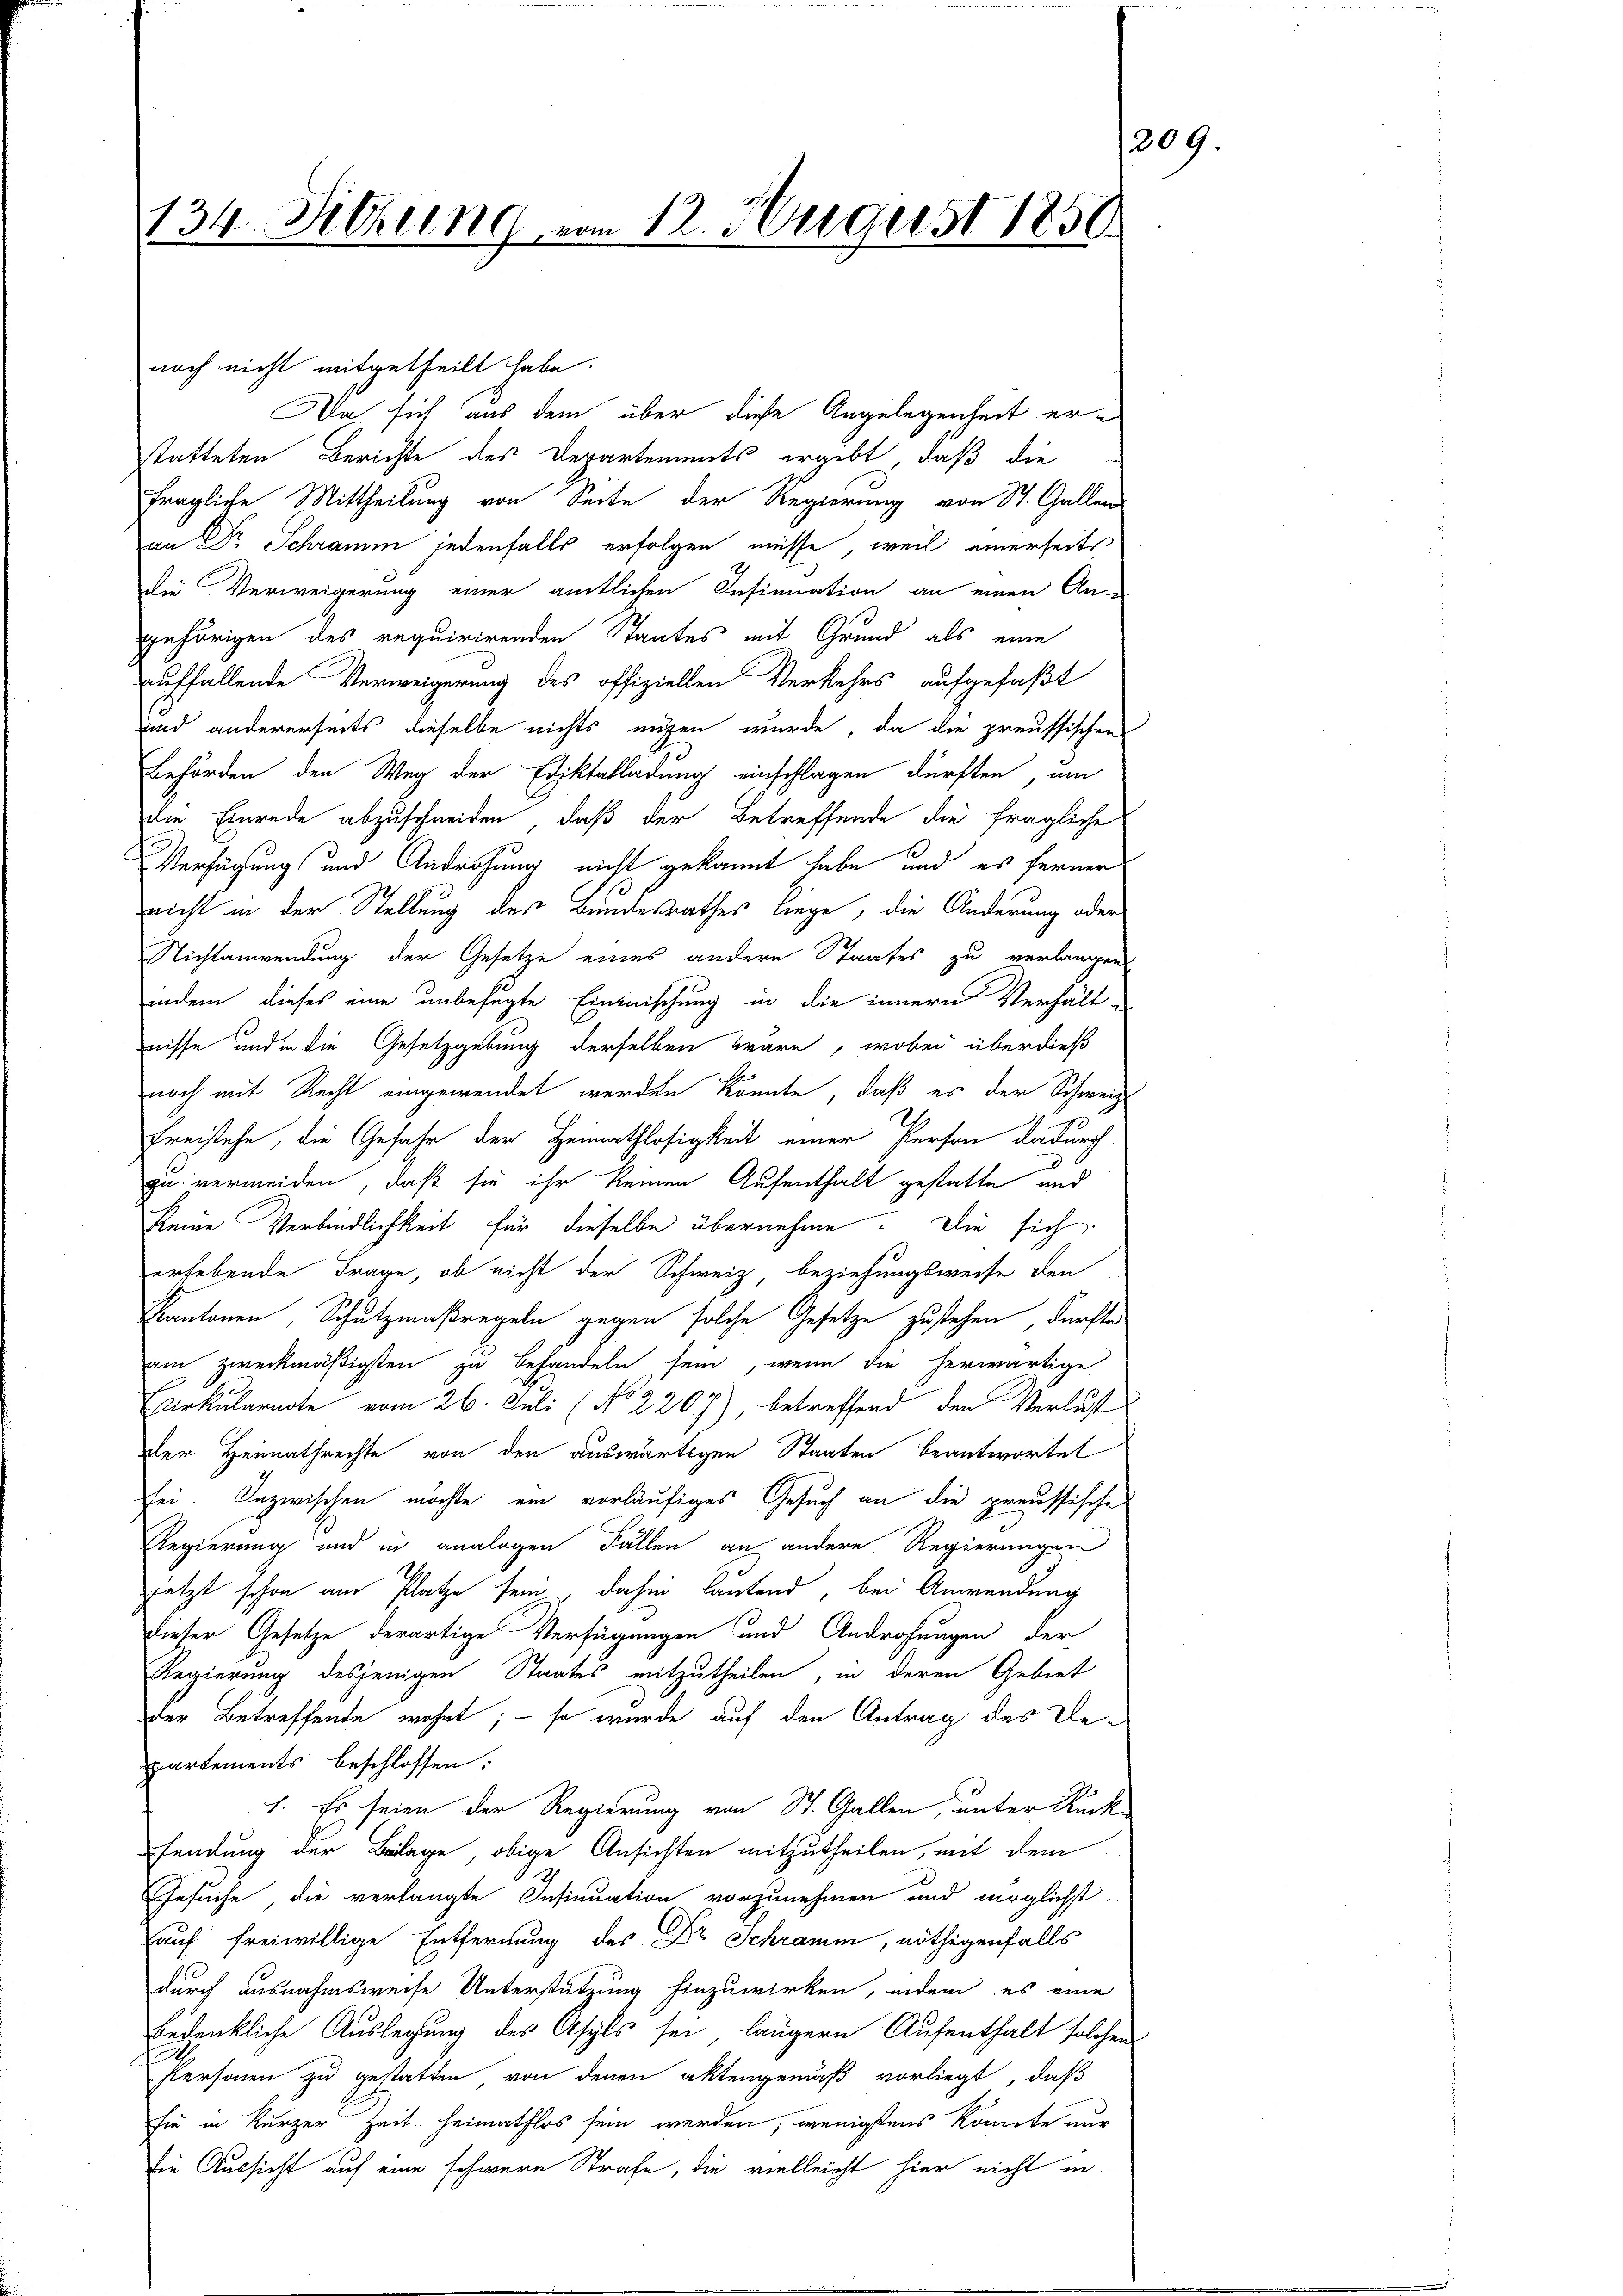
134. Diezing vom 12. August 1850

noch nicht mitgetheilt habe.
Da sich aus dem über diese Angelegenheit erstatteten Berichte des Departements ergibt, daß die
fragliche Mittheilung von Seite der Regierung von St. Gallen
an Dr Schramm jedenfalls erfolgen müsse, weil einerseits
die Verweigerung einer amtlichen Insinuation an einen Angehörigen des requirirenden Staates mit Grund als eine
auffallende Verweigerung des offiziellen Verkehrs aufgefaßt
und andererseits dieselbe nichts nuten wurde, da die preussischen
Behörden den Weg der Ediktalladung einschlagen dürften, um
die Einrede abzuschneiden, daß der Betreffende die fragliche
Verfügung und Androhung nicht gekannt habe und es ferner
nicht in der Stellung des Bundesrathes liege, die Änderung oder
Nichtanwendung der Gesetze eines andere Staates zu verlangen
indem dieses eine unbesagte Einmischung in die innern Verhält-
nisse und in die Gesetzgebung derselben wäre, wobei überdieß
noch mit Recht eingewendet werden könnte, daß es der Schweiz
Freistehe, die Gefahr der Heimathlosigkeit einer Person dadurch
d
zu vermeiden, daß sie ihr keinen Aufenthalt gestatte und
kleine Verbindlichkeit für dieselbe übernehme. Die sich
erhebende Frage, ob nicht der Schweiz beziehungsweise den
Kantonen, Schutzmaßregeln gegen solche Gesetze zustehen, dürfte
am zweckmäßigsten zu behandeln sein, wenn die herwärtige
Cirkularnote vom 26. Juli (No 2207), betreffend den Verlust
Der Heimathrechte von den auswärtigen Staaten beantwortet
fei. Inzwischen möchte ein vorläufiges Gesuch an die preussische
Regierung und in analogen Fällen an andere Regierungen
jetzt schon am Platze sein, dahin lautend, bei Anwendung
dieser Gesetze derartige Verfügungen und Androhungen der
Regierung desjenigen Staates mitzutheilen, in deren Gebiet
der Betreffende wohnt; – so wurde auf den Antrag des Be-
partements beschlossen:
1. Es seien der Regierung von St. Gallen, unter Rück-
fendung der Belage obige Ansichten mitzutheilen, mit dem
Gesuche, die verlangte Insinuation vorzunehmen und möglichst
auf freiwillige Entfernung des Dr Schramm, nöthigenfalls
durch ausnahmsweise Unterstützung hinzuwirken, indem es eine
Bedenkliche Auslegung des Asyls sei längern Aufenthalt solchen
Personen zu gestatten von denen aktengemäß vorliegt, daß
sie in Kurzer Zeit. Heimathlos sein werden, wenigstens könnte nur
Die Aussicht auf eine schwere Strafe, die vielleicht hier nicht in

209.